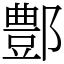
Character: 鄷